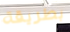
بطريقة